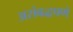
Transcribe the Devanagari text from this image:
असंबद्धपणे